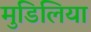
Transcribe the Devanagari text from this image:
मुडिलिया